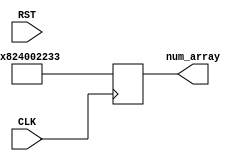
module testDB(
input CLK,RST,
output reg [35:0] num_array
);

always@(posedge CLK)begin
num_array = 36'b100000100100000000000010001000110011; 
 //                2  36        0 0 2 2 3 3 
end

endmodule